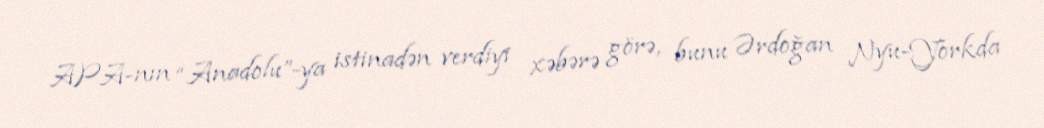
APA-nın “Anadolu”-ya istinadən verdiyi xəbərə görə, bunu Ərdoğan Nyu-Yorkda